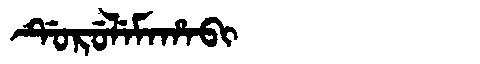
Manchu: ᡩᡠᡵᡠᠯᡝᠮᠠᡥᠠᠪᡳ
Romanization: DURULEMAHABI